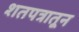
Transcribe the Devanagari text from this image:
शतपत्रातून